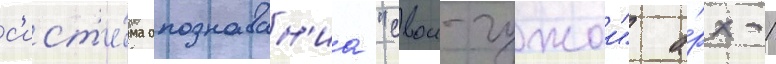
с'ист'е́ма опознаван'иа "свои-чужои" а́рх-1